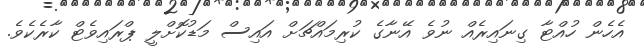
އެހެން ހުއްޓާ ގިނައިރެއް ނުވެ އޭނާގެ ކުރިމައްޗަށް އައިސް މަޑުކޮށްލީ ޕްރައިވެޓް ކާރެކެވެ.